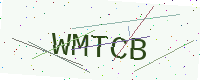
Text: WMTCB